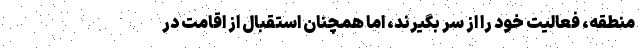
منطقه، فعالیت خود را از سر بگیرند، اما همچنان استقبال از اقامت در